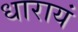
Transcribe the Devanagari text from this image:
धारायं